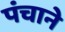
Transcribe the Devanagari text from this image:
पंचाने